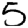
Digit: 5